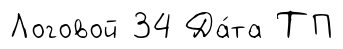
Логовой 34 Да́та ТП